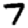
Digit: 7